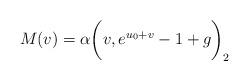
LaTeX: \begin{align*}M(v)=\alpha\bigg(v,e^{u_0+v}-1+g\bigg)_2\end{align*}